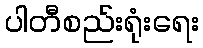
ပါတီစည်းရုံးရေး